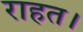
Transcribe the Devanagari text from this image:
राहत।